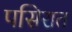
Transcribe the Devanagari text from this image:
पसिरात